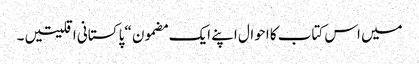
میں اس کتاب کا احوال اپنے ایک مضمون “پا کستانی اقلیتیں ۔